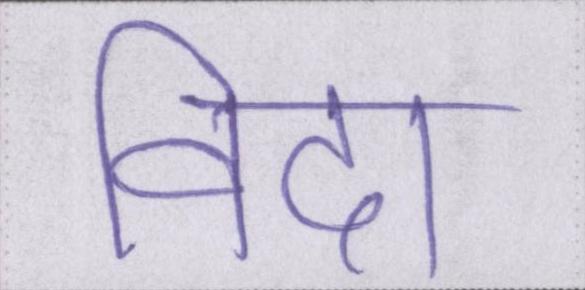
विदा